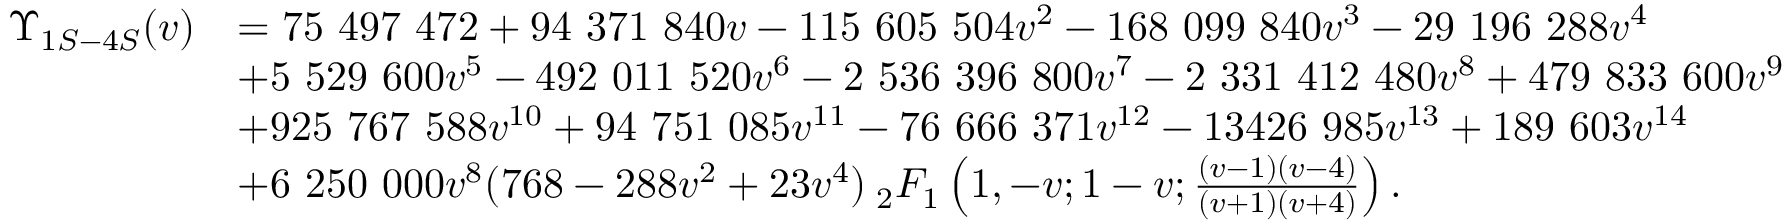
\begin{array} { r l } { \Upsilon _ { 1 S - 4 S } ( v ) } & { = 7 5 ~ 4 9 7 ~ 4 7 2 + 9 4 ~ 3 7 1 ~ 8 4 0 v - 1 1 5 ~ 6 0 5 ~ 5 0 4 v ^ { 2 } - 1 6 8 ~ 0 9 9 ~ 8 4 0 v ^ { 3 } - 2 9 ~ 1 9 6 ~ 2 8 8 v ^ { 4 } } \\ & { + 5 ~ 5 2 9 ~ 6 0 0 v ^ { 5 } - 4 9 2 ~ 0 1 1 ~ 5 2 0 v ^ { 6 } - 2 ~ 5 3 6 ~ 3 9 6 ~ 8 0 0 v ^ { 7 } - 2 ~ 3 3 1 ~ 4 1 2 ~ 4 8 0 v ^ { 8 } + 4 7 9 ~ 8 3 3 ~ 6 0 0 v ^ { 9 } } \\ & { + 9 2 5 ~ 7 6 7 ~ 5 8 8 v ^ { 1 0 } + 9 4 ~ 7 5 1 ~ 0 8 5 v ^ { 1 1 } - 7 6 ~ 6 6 6 ~ 3 7 1 v ^ { 1 2 } - 1 3 4 2 6 ~ 9 8 5 v ^ { 1 3 } + 1 8 9 ~ 6 0 3 v ^ { 1 4 } } \\ & { + 6 ~ 2 5 0 ~ 0 0 0 v ^ { 8 } ( 7 6 8 - 2 8 8 v ^ { 2 } + 2 3 v ^ { 4 } ) \: _ { 2 } F _ { 1 } \left( 1 , - v ; 1 - v ; \frac { ( v - 1 ) ( v - 4 ) } { ( v + 1 ) ( v + 4 ) } \right) . } \end{array}